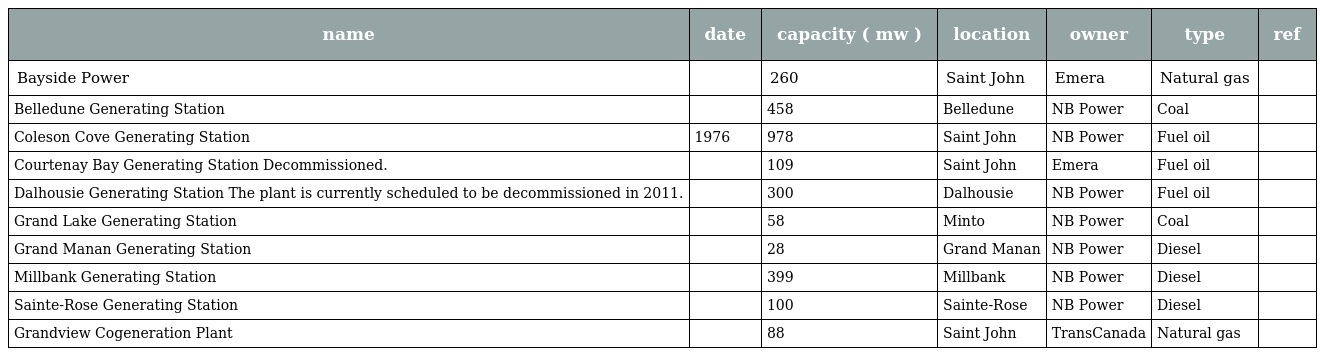
| name | date | capacity ( mw ) | location | owner | type | ref |
 | --- | --- | --- | --- | --- | --- | --- |
 | Bayside Power |  | 260 | Saint John | Emera | Natural gas |  |
 | Belledune Generating Station |  | 458 | Belledune | NB Power | Coal |  |
 | Coleson Cove Generating Station | 1976 | 978 | Saint John | NB Power | Fuel oil |  |
 | Courtenay Bay Generating Station Decommissioned. |  | 109 | Saint John | Emera | Fuel oil |  |
 | Dalhousie Generating Station The plant is currently scheduled to be decommissioned in 2011. |  | 300 | Dalhousie | NB Power | Fuel oil |  |
 | Grand Lake Generating Station |  | 58 | Minto | NB Power | Coal |  |
 | Grand Manan Generating Station |  | 28 | Grand Manan | NB Power | Diesel |  |
 | Millbank Generating Station |  | 399 | Millbank | NB Power | Diesel |  |
 | Sainte-Rose Generating Station |  | 100 | Sainte-Rose | NB Power | Diesel |  |
 | Grandview Cogeneration Plant |  | 88 | Saint John | TransCanada | Natural gas |  |